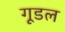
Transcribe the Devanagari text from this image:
गूडल